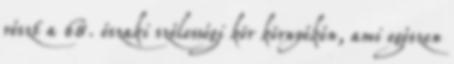
részt a 68. északi szélességi kör környékén, ami egészen